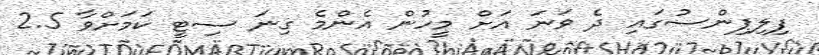
ފިލިޕިންސުގައި ދެ ވަނަ އަށް މީހުން އެންމެ ގިނަ ސިޓީ ކަމަށްވާ 2.5